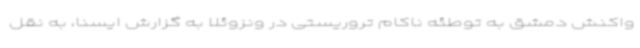
واکنش دمشق به توطئه ناکام تروریستی در ونزوئلا به گزارش ایسنا، به نقل